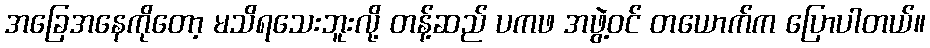
အခြေအနေကိုတော့ မသိရသေးဘူးလို့ တန့်ဆည် ပကဖ အဖွဲ့ဝင် တယောက်က ပြောပါတယ်။